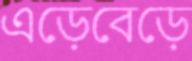
এড়েবেড়ে